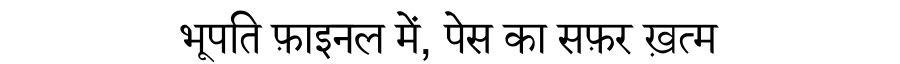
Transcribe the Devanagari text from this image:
भूपति फ़ाइनल में, पेस का सफ़र ख़त्म